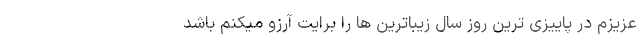
عزیزم در پاییزی ترین روز سال زیباترین ها را برایت آرزو میکنم باشد